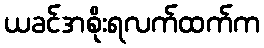
ယခင်အစိုးရလက်ထက်က